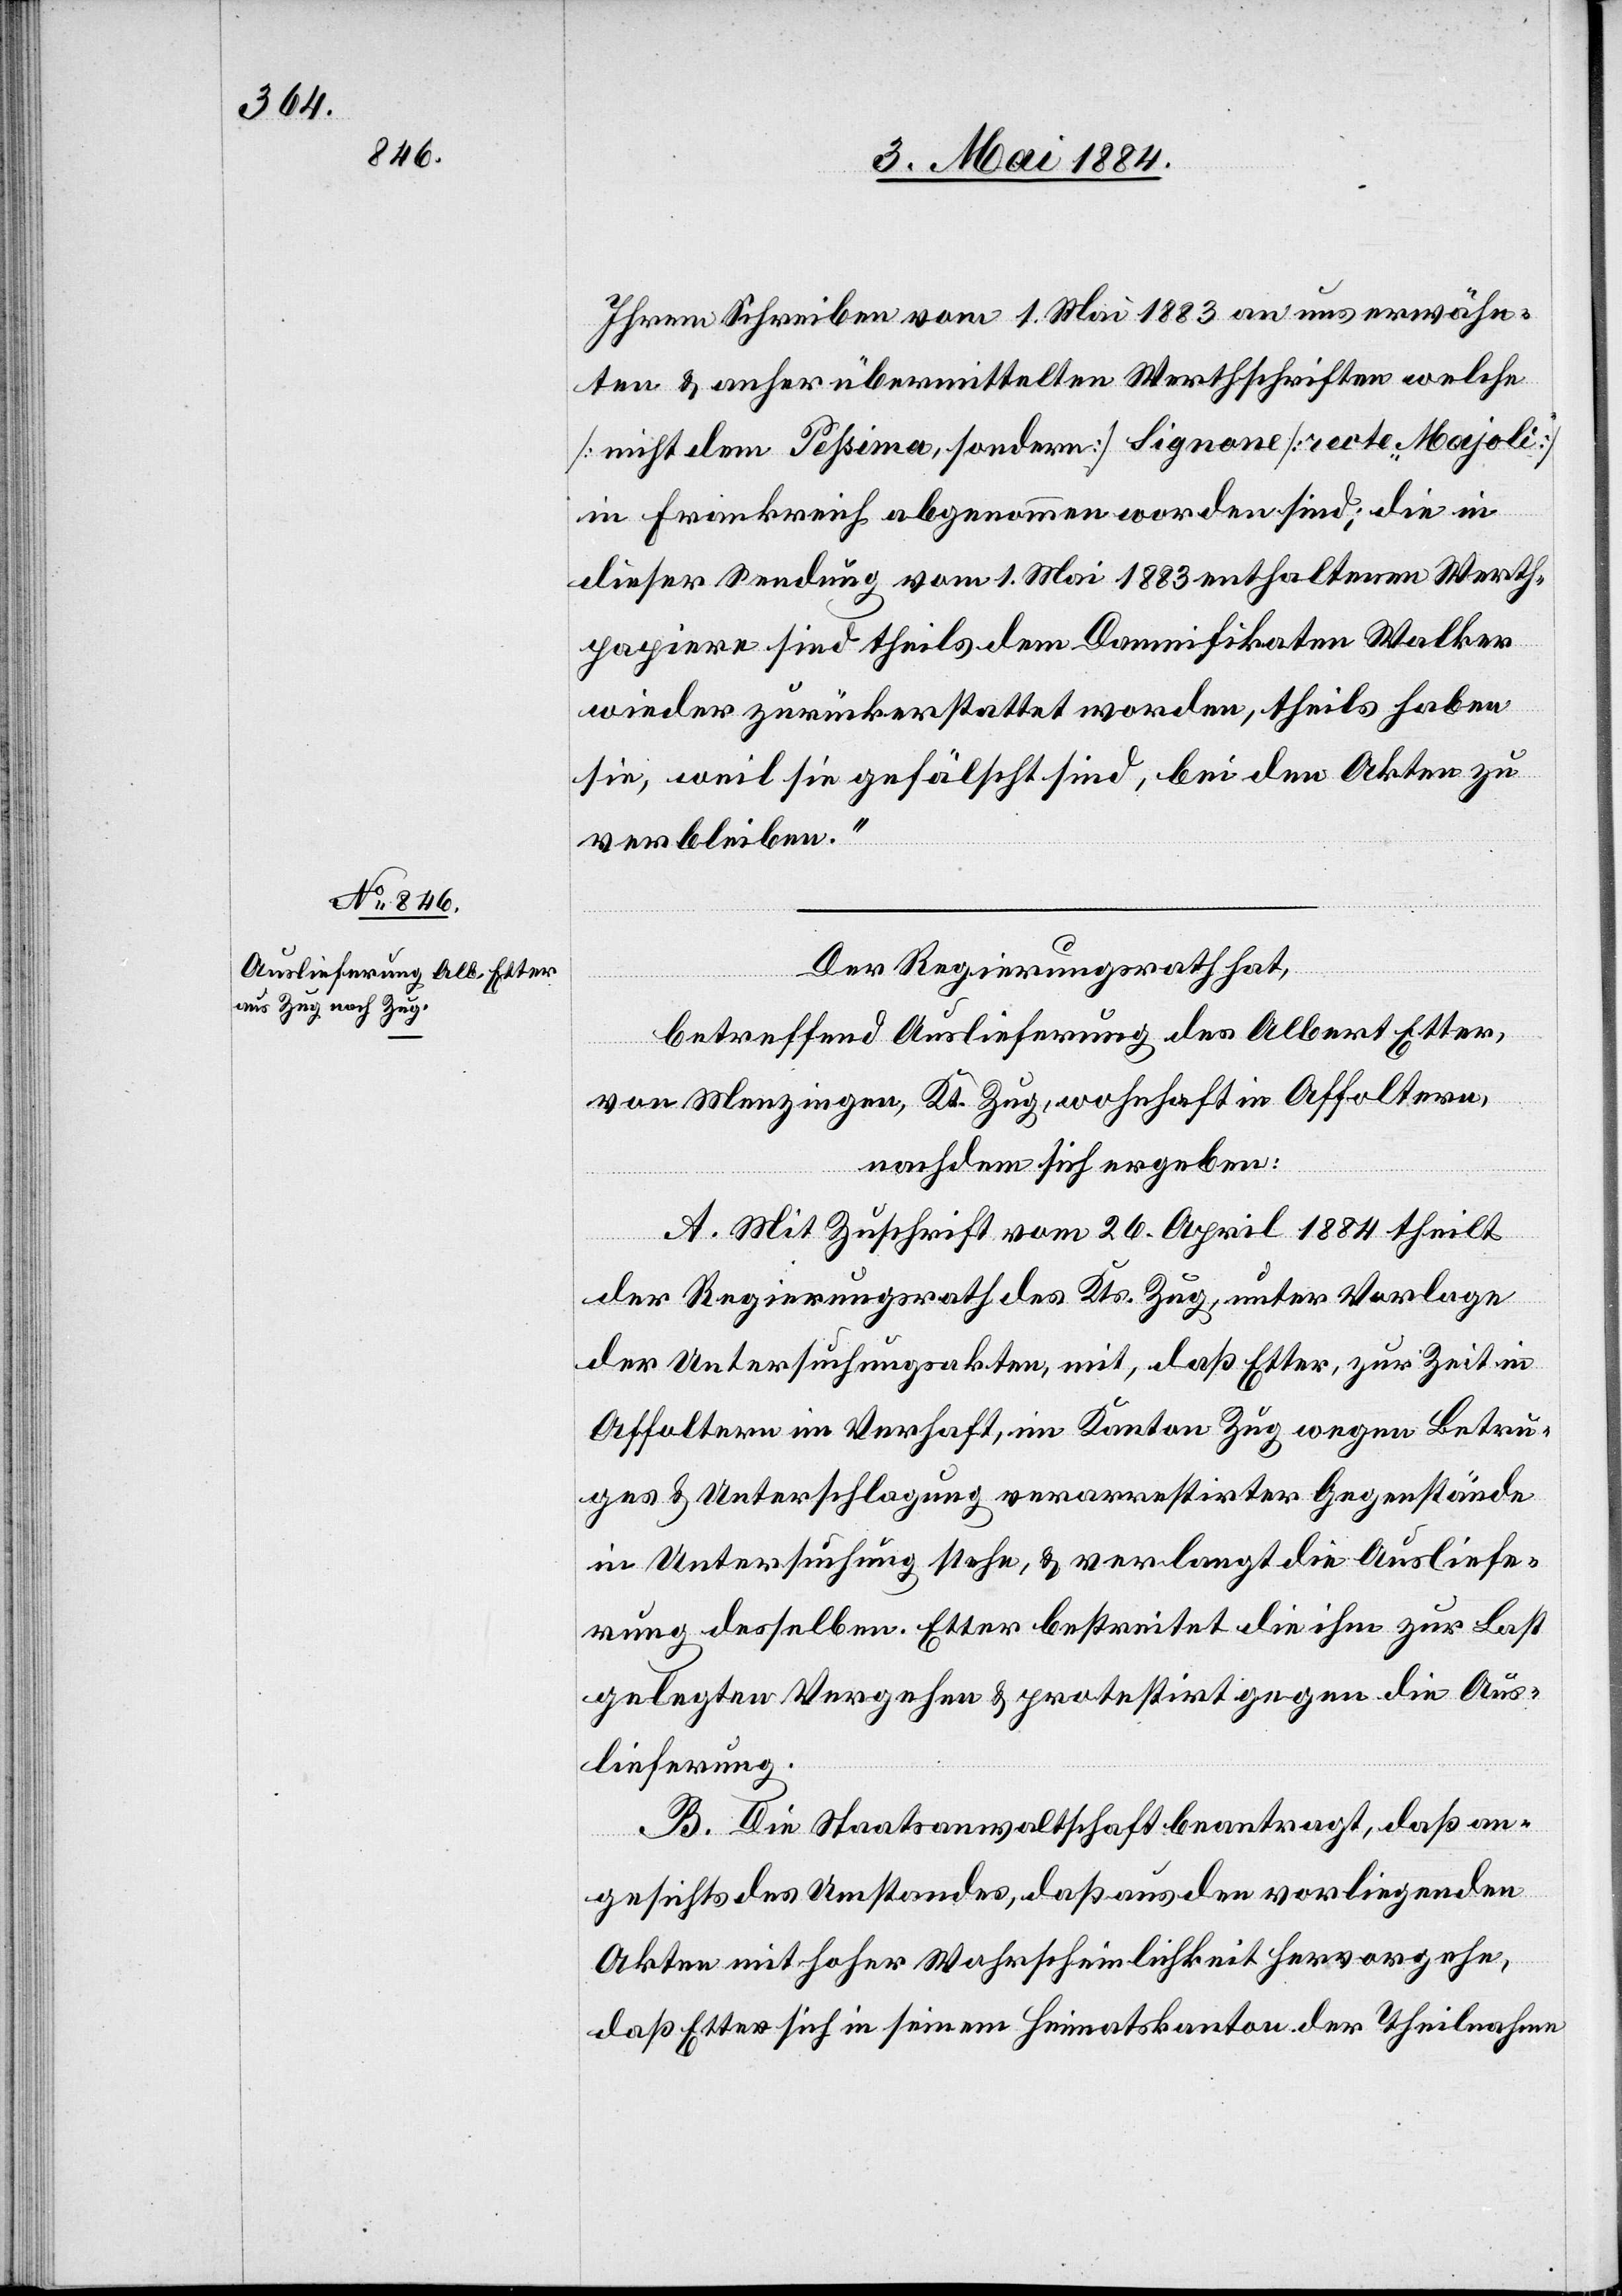
Ihrem Schreiben vom 1. Mai 1883 an uns erwähn¬
ten & anher übermittelten Werthschriften[,] welche
[nicht dem Pessima, sondern] Signone [recte Majoli]
in Frankreich abgenommen worden sind; die in
dieser Sendung vom 1. Mai 1883 enthaltenen Werth¬
papiere sind theils dem Damnifikaten Walker
wieder zurückerstattet worden, theils haben
sie, weil sie gefälscht sind, bei den Akten zu
verbleiben.“
Der Regierungsrath hat,
betreffend Auslieferung des Albert Etter
von Menzingen, Kt. Zug, wohnhaft in Affoltern,
nachdem sich ergeben.
A. Mit Zuschrift vom 26. April 1884 theilt
der Regierungsrath des Kts. Zug, unter Vorlage
der Untersuchungsakten, mit, daß Etter, zur Zeit in
Affoltern im Verhaft, im Kanton Zug wegen Betru¬
ges & Unterschlagung verarrestirter Gegenstände
in Untersuchung stehe, & verlangt die Ausliefe¬
rung desselben. Etter bestreitet die ihm zu Last
gelegten Vergehen & protestirt gegen die Aus¬
lieferung.
B. Die Staatsanwaltschaft beantragt, daß an¬
gesichts des Umstandes, daß aus den vorliegenden
Akten mit hoher Wahrscheinlichkeit hervorgehe,
daß Etter sich in seinem Heimatkanton der Theilnahme